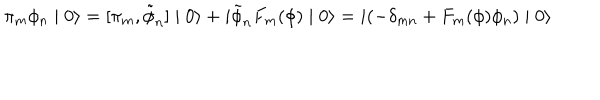
LaTeX: \pi _ { m } \phi _ { n } \mid 0 \rangle = [ \pi _ { m } , \tilde { \phi } _ { n } ] \mid 0 \rangle + i \tilde { \phi } _ { n } F _ { m } ( \phi ) \mid 0 \rangle = i ( - \delta _ { m n } + F _ { m } ( \phi ) \phi _ { n } ) \mid 0 \rangle